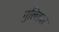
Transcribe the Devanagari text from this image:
गुल्लिवर